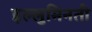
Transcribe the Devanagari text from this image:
इल्लुमिनती